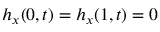
h _ { x } ( 0 , t ) = h _ { x } ( 1 , t ) = 0